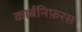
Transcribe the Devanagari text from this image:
कार्बनिफ़रस